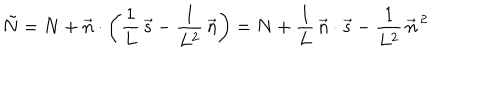
LaTeX: \tilde { N } = N + \vec { n } \cdot \left( \frac { 1 } { L } \, \vec { s } - \frac { 1 } { L ^ { 2 } } \, \vec { n } \right) = N + \frac { 1 } { L } \, \vec { n } \cdot \vec { s } - \frac { 1 } { L ^ { 2 } } \, { \vec { n } } ^ { \, 2 }